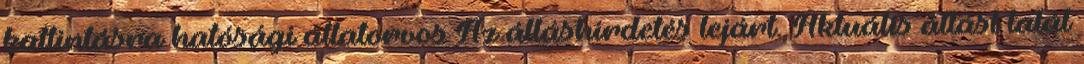
kattintásra hatósági állatorvos Az álláshirdetés lejárt. Aktuális állást talál